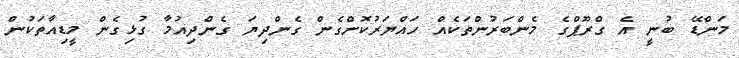
މަންޑޭ ބުނީ އެ ގްރޫޕްގެ މެންބަރުންތަކެއް ހައްޔަރުކޮށްގެން ގެންދިޔަ ގެންދިއުމާ ގުޅިގެން މީޑިއާތަކުން